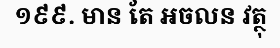
១៩៩. មាន តែ អចលន វត្ថុ